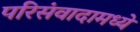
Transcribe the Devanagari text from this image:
परिसंवादामध्ये